Triennial report on the lunatic asylums in the province of Eastern Bengal and Assam - 1903-1911
Year: 1903
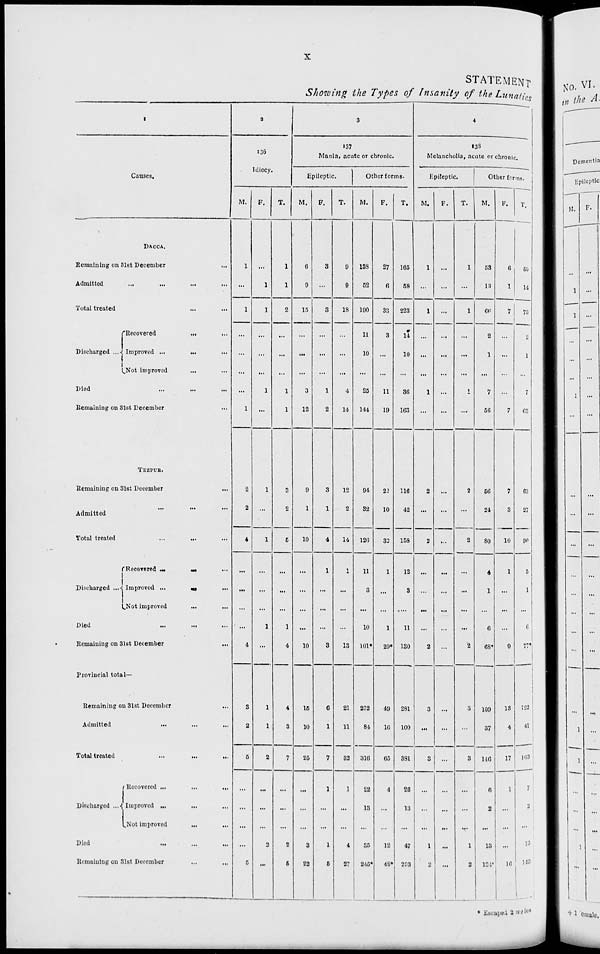
x
STATEMENT
Showing the Types of Insanity of the Lunatics
1
Causes.
DACCA.
Remaining on 31st December ...
Admitted
...
...
...
...
Total treated ... ...
Discharged ...
Recovered
... ...
Improved ...
... ...
Not improved ... ...
Died ... ... ...
Remaining on 31st December ...
TEZPUR.
Remaining on 31st December
...
Admitted ... ... ...
Total treated
...
... ...
Discharged ...
Recovered ... ... ...
Improved ...
...
...
Not improved
...
...
Died ... ... ...
Remaining on 31st December ...
Provincial total—
Remaining on 31st December ...
Admitted
...
...
...
Total treated ... ... ...
Discharged ...
Recovered ...
...
...
Improved ... ... ...
Not improved
... ...
Died
...
...
...
Remaining on 31st December
...
...
2
136
Idiocy.
M.
1
...
1
...
...
...
...
1
2
2
4
...
...
...
...
4
3
2
5
...
...
...
...
5
F.
...
1
1
...
...
...
1
...
1
...
1
...
...
...
1
...
1
1
2
...
...
...
2
...
T.
1
1
2
...
...
...
1
1
3
2
5
...
...
...
1
4
4
3
7
...
...
...
2
5
3
137
Mania, acute or chronic.
Epileptic.
M.
6
9
15
...
...
...
3
12
9
1
10
...
...
...
...
10
15
10
25
...
...
...
3
22
F.
3
...
3
...
...
...
1
2
3
1
4
1
...
...
...
3
6
1
7
1
...
...
1
5
T.
9
9
18
...
...
...
4
14
12
2
14
1
...
...
...
13
21
11
32
1
...
...
4
27
Other forms.
M.
138
52
190
11
10
...
25
144
94
32
126
11
3
...
10
101*
232
84
316
22
13
...
35
245*
F.
27
6
33
3
...
...
11
19
22
10
32
1
...
...
1
29*
49
16
65
4
...
...
12
48*
T.
165
58
223
14
10
...
36
163
116
42
158
12
3
...
11
130
281
100
381
26
13
...
47
293
4
138
Melancholia, acute or chronic.
Epileptic.
M.
1
...
1
...
...
...
1
...
2
...
2
...
...
...
...
2
3
...
3
...
...
...
1
2
F.
...
...
...
...
...
...
...
...
...
...
...
...
...
...
...
...
...
...
...
...
...
...
...
...
T.
1
...
1
...
...
...
1
...
2
...
2
...
...
...
...
2
3
...
3
...
...
...
1
2
Other forms.
M.
53
13
66
2
1
...
7
56
56
24
80
4
1
...
6
68
109
37
146
6
2
...
13
124
F.
6
1
7
...
...
...
...
7
7
3
10
1
...
...
...
9
13
4
17
1
...
...
...
16
T.
59
14
73
2
1
...
7
63
63
27
90
5
1
...
6
77*
122
41
163
7
2
...
13
140
* Escaped 2 males